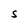
Character: S